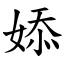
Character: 婖